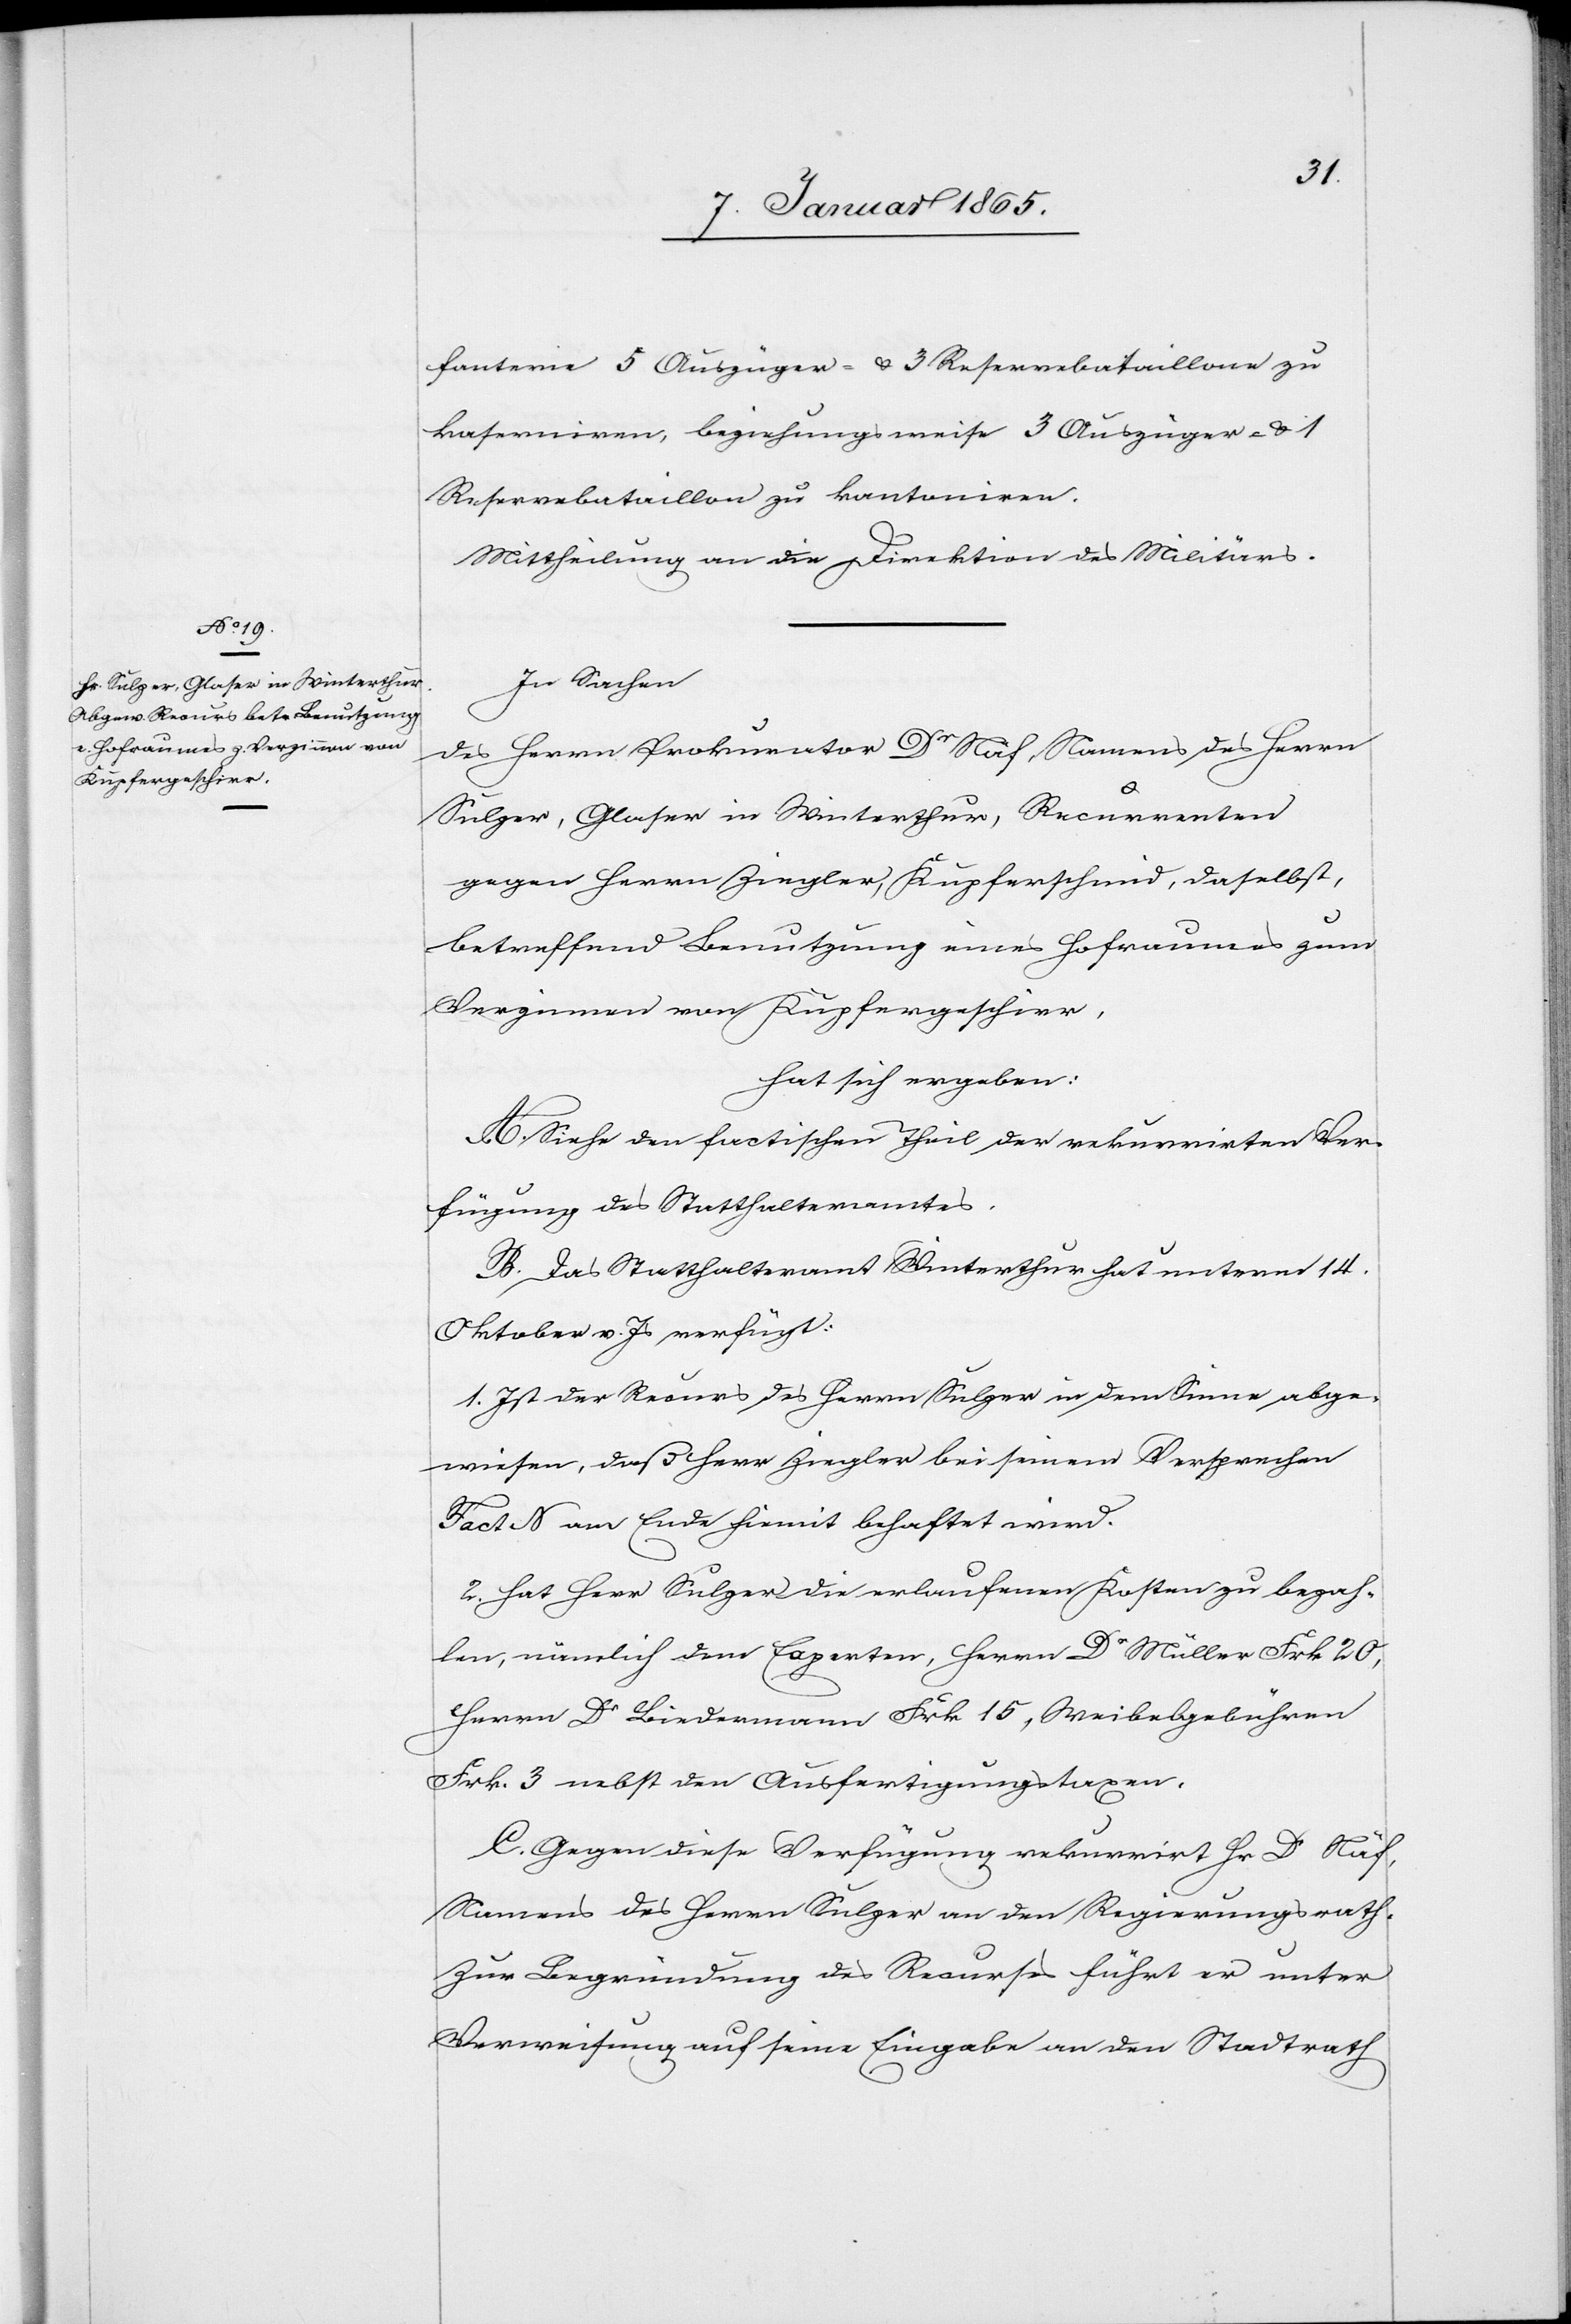
fanterie 5 Auszüger- & 3 Reservebataillone zu
kaserniren, beziehungsweise 3 Auszüger- & 1
Reservebataillon zu kantoniren.
Mittheilung an die Direktion des Militärs.